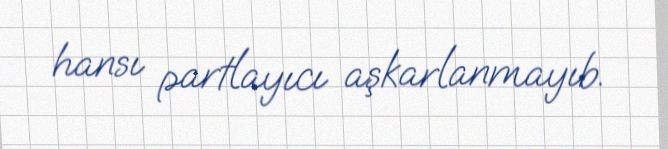
hansı partlayıcı aşkarlanmayıb.